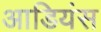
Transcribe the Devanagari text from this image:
आडियंस